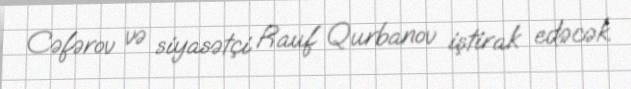
Cəfərov və siyasətçi Rauf Qurbanov iştirak edəcək.